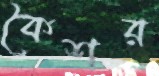
কৈশর